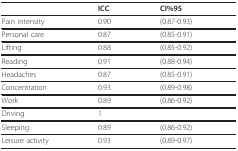
<table><thead><tr><td></td><td><b>ICC</b></td><td><b>CI%95</b></td></tr></thead><tbody><tr><td>Pain intensity</td><td>0.90</td><td>(0.87-0.93)</td></tr><tr><td>Personal care</td><td>0.87</td><td>(0.85-0.91)</td></tr><tr><td>Lifting</td><td>0.88</td><td>(0.85-0.92)</td></tr><tr><td>Reading</td><td>0.91</td><td>(0.88-0.94)</td></tr><tr><td>Headaches</td><td>0.87</td><td>(0.85-0.91)</td></tr><tr><td>Concentration</td><td>0.93</td><td>(0.89-0.98)</td></tr><tr><td>Work</td><td>0.89</td><td>(0.86-0.92)</td></tr><tr><td>Driving</td><td>1</td><td></td></tr><tr><td>Sleeping</td><td>0.89</td><td>(0.86-0.92)</td></tr><tr><td>Leisure activity</td><td>0.93</td><td>(0.89-0.97)</td></tr></tbody></table>